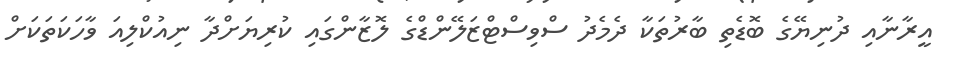
އީރާނާއި ދުނިޔޭގެ ބޮޑެތި ބާރުތަކާ ދެމެދު ސްވިސްޓްޒަލޭންޑްގެ ލޮޒާންގައި ކުރިޔަށްދާ ނިއުކްލިއަ ވާހަކަތަކަށް